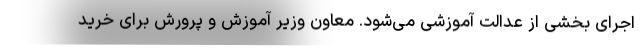
اجرای بخشی از عدالت آموزشی می‌شود. معاون وزیر آموزش و پرورش برای خرید